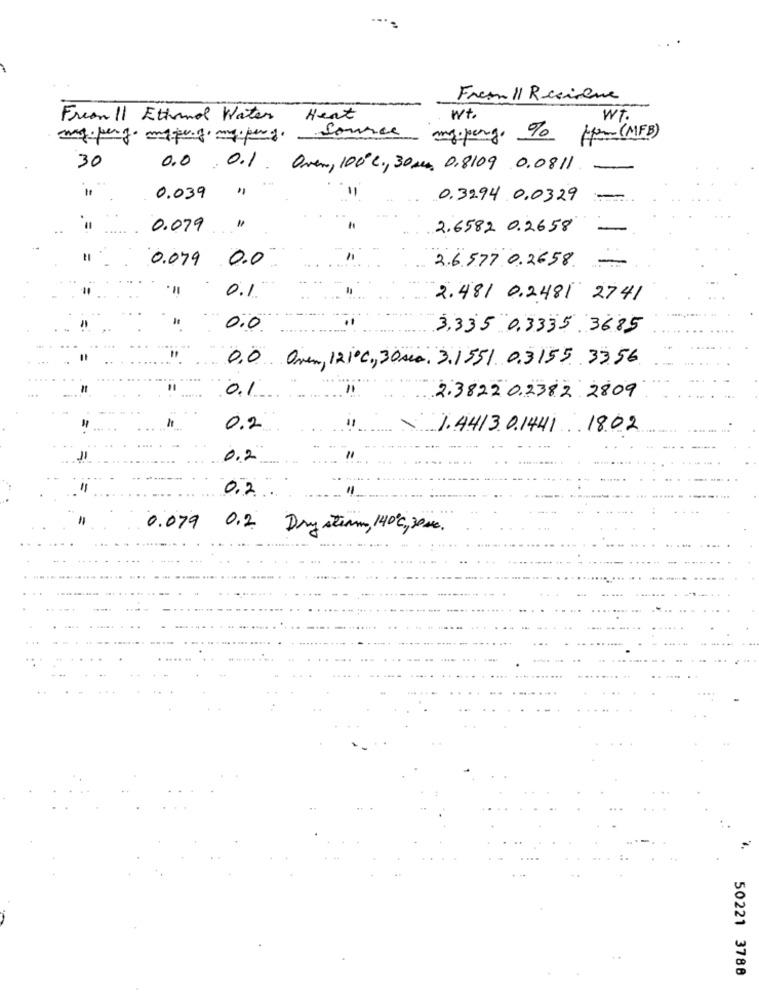
Frem 11 Recirene
Freon 11 Ethanol Water
Heat
wt.
WT.
my perf. myprof. my. pery.
Source
my.perg. % from (MFB)
30
0.0. 0.1. Over, 100ºc ., 30mm 0,8109 0.0811
-
"
0.039
0.3294 0.0329
0.079
2.6582 0.2658
-
0.079 0.0
-
2.6.577 0.2658.
0.1
2.481 0.2481 2741
0.0
3,335 0.3335 3685
0,0 Oven, 121ºC ., 30sia. 3.1551 0.3155 .3356
0.1
2.38220.2382 2809
0.2
1.4413.0.1441 1802
0.2
0,2
0.079 0.2
Dry stimm, 140℃, 30 m.
50221 3788